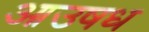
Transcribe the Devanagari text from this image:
आउषध